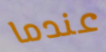
عندما